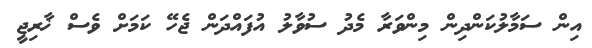
އިން ސަމާލުކަންދިން މިންވަރާ މެދު ސުވާލު އުފައްދަން ޖެހޭ ކަމަށް ވެސް ޚާރިޖީ